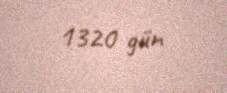
1320 gün